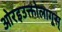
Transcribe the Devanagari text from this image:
ओरइउक्तोलागूस्